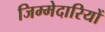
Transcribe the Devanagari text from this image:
जिम्‍मेदारियों